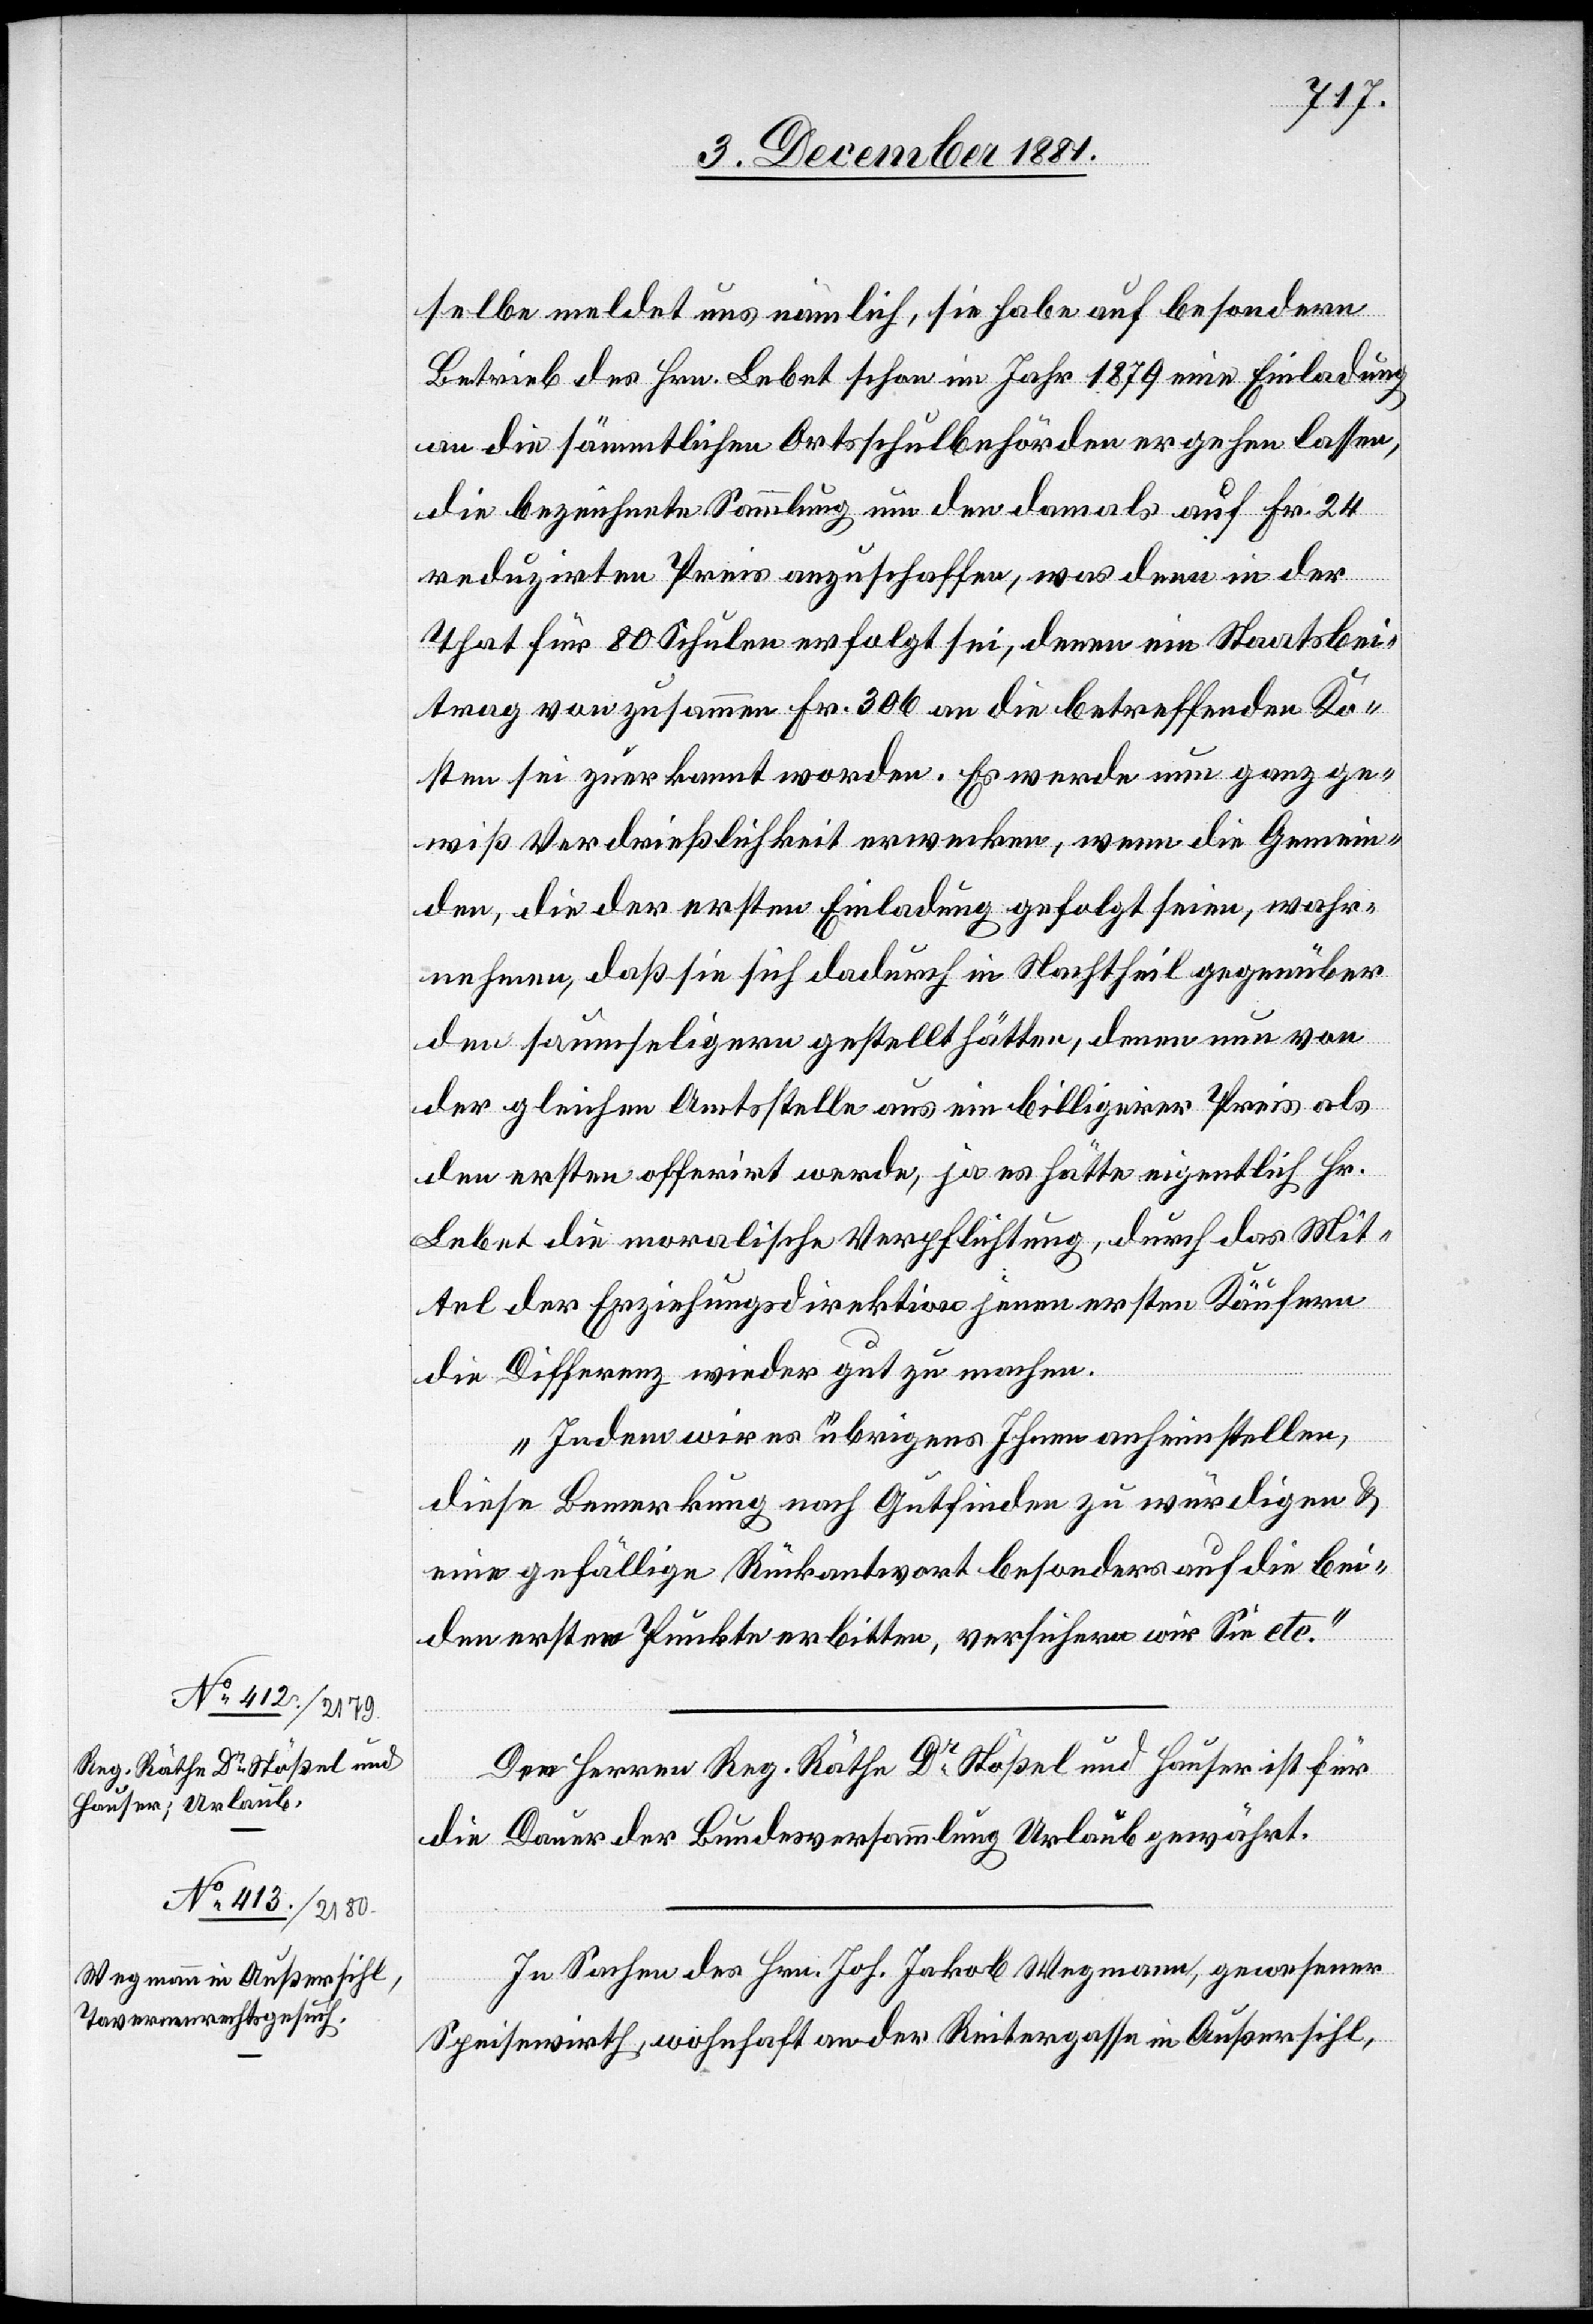
selbe meldet uns nämlich, sie habe auf besondern
Betrieb des Hrn. Lebet schon im Jahr 1879 eine Einladung
an die sämmtlichen Ortsschulbehörden ergehen lassen,
die bezeichnete Sammlung um den damals auf Fr. 24
reduzirten Preis anzuschaffen, was denn in der
That für 80 Schulen erfolgt sei, denen ein Staatsbei¬
trag von zusammen Fr. 306 an die betreffenden Ko¬
sten sei zuerkannt worden. Es werde nun ganz ge¬
wiß Verdrießlichkeit erwecken, wenn die Gemein¬
den, die der ersten Einladung gefolgt seien, wahr¬
nehmen, daß sie sich dadurch in Nachtheil gegenüber
den saumseligern gestellt hätten, denen nun von
der gleichen Amtsstelle aus ein billigerer Preis als
den ersten offerirt werde, ja es hätte eigentlich Hr.
Lebet die moralische Verpflichtung, durch das Mit¬
tel der Erziehungsdirektion jenen ersten Käufern
die Differenz wieder gut zu machen.
Indem wir es übrigens Ihnen anheim stellen,
diese Bemerkung nach Gutfinden zu würdigen &
eine gefällige Rückantwort besonders auf die bei
den ersten Punkten erbitten, versichern wir Sie etc.“
Den Herren Reg. Räthe Dr Stößel und Hauser ist für
die Dauer der Bundesversammlung Urlaub gewährt.
In Sachen des Hrn. Jos. Jakob Wegmann, gewesener
Speisewirth, wohnhaft an der Reitergasse in Außersihl,